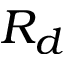
R _ { d }